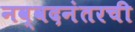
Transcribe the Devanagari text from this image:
नव्वदनंतरची